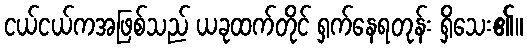
ငယ်ငယ်ကအဖြစ်သည် ယခုထက်တိုင် ရှက်နေရတုန်း ရှိသေး၏။